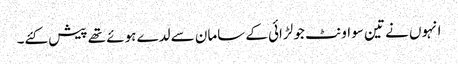
انہوں نے تین سو اونٹ جو لڑائی کے سامان سے لدے ہوئے تھے پیش کئے۔